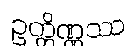
ဥတ္တိဏ္ဏဿ